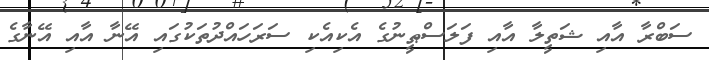
ސަބްރާ އާއި ޝަތީލާ އާއި ފަލަސްޠީނުގެ އެކިއެކި ސަރަހައްދުތަކުގައި އޭނާ އާއި އޭނާގެ